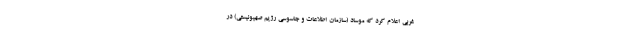
غربی اعلام کرد که موساد (سازمان اطلاعات و جاسوسی رژیم صهیونیستی) در